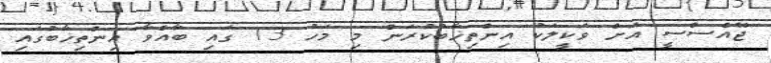
ޖޭއެސްސީ އަށް ވަކީލަކު އިންތިޚާބުކުރަން މި މަހު 13 ގައި ބާއްވާ އިންތިޚާބުގައި